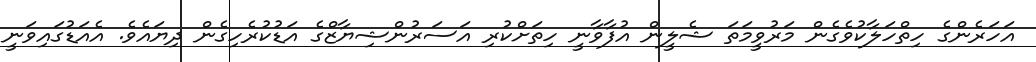
އަހަރެންގެ ހިތްހަލާކުވެގެން މަރުވީމަތަ ޝެލީން އުފާވާނީ ހިތަށްކުރި އަސަރުންޝިޔާޒްގެ އަޑުކުރެހިގެން ދިޔައެވެ. އެއަޑުގައިވަނީ